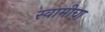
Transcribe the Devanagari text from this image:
स्वामीचा